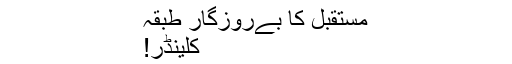
مستقبل کا بےروزگار طبقہ
کلینڈر!